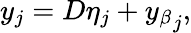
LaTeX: y_{j}=D\eta_{j}+{y_{\beta}}_{j},